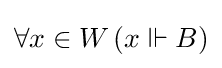
\forall x\in W\,(x\Vdash B)